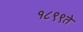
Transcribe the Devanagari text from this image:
१८९९ते